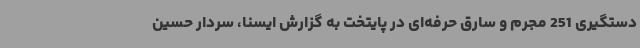
دستگیری 251 مجرم و سارق حرفه‌ای در پایتخت به گزارش ایسنا، سردار حسین